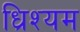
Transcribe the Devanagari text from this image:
ध्रिश्यम